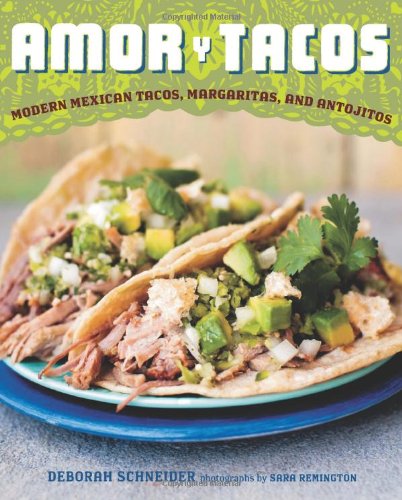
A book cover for Amor y Tacos: Modern Mexican Tacos, Margaritas, and Antojitos; Deborah Schneider; Cookbooks, Food & Wine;